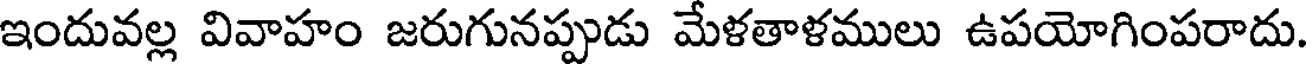
ఇందువల్ల వివాహం జరుగునప్పుడు మేళతాళములు ఉపయోగింపరాదు.